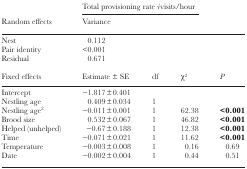
|  | <COLSPAN=3> Total provisioning rate √visits/hour |  |
 | Random effects | Variance |  |  |  |
 | --- | --- | --- | --- | --- |
 | Nest | 0.112 |  |  |  |
 | Pair identity | <0.001 |  |  |  |
 | Residual | 0.671 |  |  |  |
 | Fixed effects | Estimate ± SE | df | χ2 | P |
 | Intercept | −1.817±0.401 |  |  |  |
 | Nestling age | 0.409±0.034 | 1 |  |  |
 | Nestling age2 | −0.011±0.001 | 1 | 62.38 | <0.001 |
 | Brood size | 0.532±0.067 | 1 | 46.82 | <0.001 |
 | Helped (unhelped) | −0.67±0.188 | 1 | 12.38 | <0.001 |
 | Time | −0.071±0.021 | 1 | 11.62 | <0.001 |
 | Temperature | −0.003±0.008 | 1 | 0.16 | 0.69 |
 | Date | −0.002±0.004 | 1 | 0.44 | 0.51 |